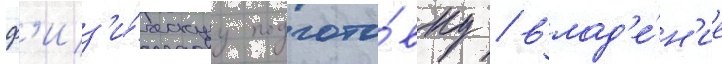
ф'из'и́ческуу подгото́вку / влад'е́н'ие